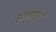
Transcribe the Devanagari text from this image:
इराणातून